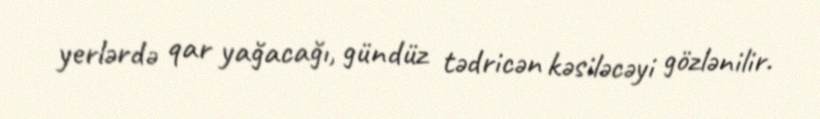
yerlərdə qar yağacağı, gündüz tədricən kəsiləcəyi gözlənilir.